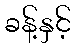
ခန့်နှင့်